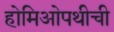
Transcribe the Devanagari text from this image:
होमिओपथीची